Civil Veterinary Department Bihar & Orissa reports 1929-36 - 1929-1936
Year: 1929
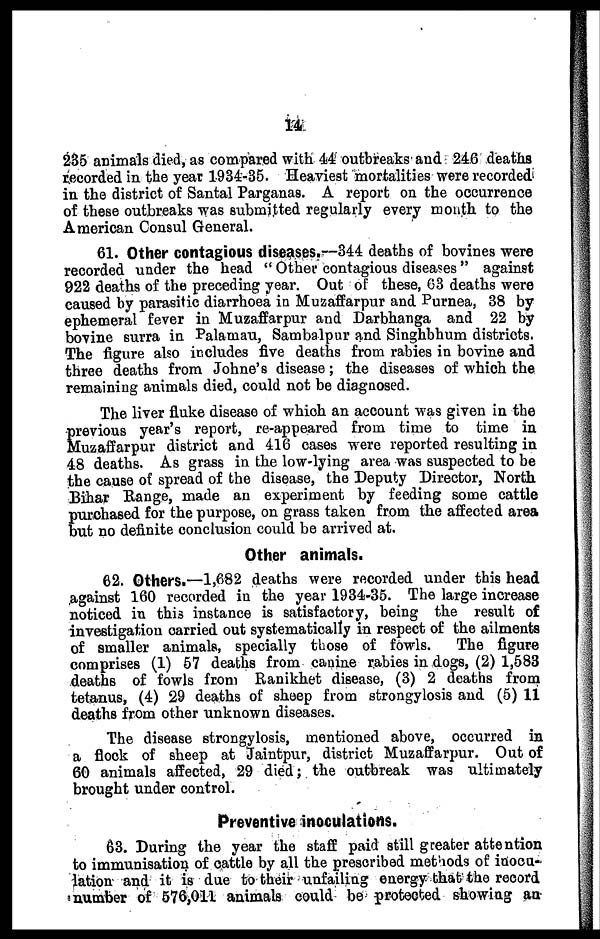
14
235 animals died, as compared with 44 outbreaks and 246 deaths
recorded in the year 1934-35. Heaviest mortalities were recorded
in the district of Santal Parganas. A report on the occurrence
of these outbreaks was submitted regularly every month to the
American Consul General.
61. Other contagious diseases.—344 deaths of bovines were
recorded under the head " Other contagious diseases " against
922 deaths of the preceding year. Out of these, 63 deaths were
caused by parasitic diarrhoea in Muzaffarpur and Purnea, 38 by
ephemeral fever in Muzaffarpur and Darbhanga and 22 by
bovine surra in Palamau, Sambalpur and Singhbhum districts.
The figure also includes five deaths from rabies in bovine and
three deaths from Johne's disease; the diseases of which the
remaining animals died, could not be diagnosed.
The liver fluke disease of which an account was given in the
previous year's report, re-appeared from time to time in
Muzaffarpur district and 416 cases were reported resulting in
48 deaths. As grass in the low-lying area was suspected to be
the cause of spread of the disease, the Deputy Director, North
Bihar Range, made an experiment by feeding some cattle
purchased for the purpose, on grass taken from the affected area
but no definite conclusion could be arrived at.
Other animals.
62. Others.—1,682 deaths were recorded under this head
against 160 recorded in the year 1934-35. The large increase
noticed in this instance is satisfactory, being the result of
investigation carried out systematically in respect of the ailments
of smaller animals, specially those of fowls. The figure
comprises (1) 57 deaths from canine rabies in dogs, (2) 1,583
deaths of fowls from Ranikhet disease, (3) 2 deaths from
tetanus, (4) 29 deaths of sheep from strongylosis and (5) 11
deaths from other unknown diseases.
The disease strongylosis, mentioned above, occurred in
a flock of sheep at Jaintpur, district Muzaffarpur. Out of
60 animals affected, 29 died; the outbreak was ultimately
brought under control.
Preventive inoculations.
63. During the year the staff paid still greater attention
to immunisation of cattle by all the prescribed methods of inocu-
lation and it is due to their unfailing energy that the record
number of 576,011 animals could be protected showing an